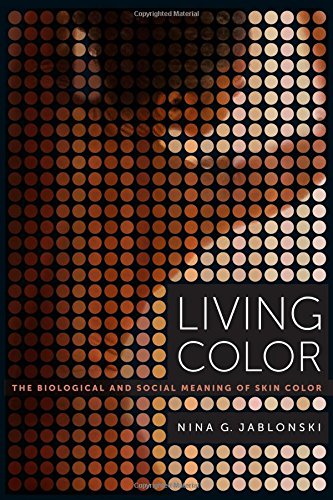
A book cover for Living Color: The Biological and Social Meaning of Skin Color; Nina G. Jablonski; Politics & Social Sciences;